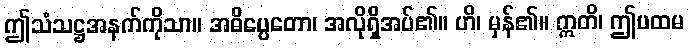
ဤသံသဋ္ဌအနက်ကိုသာ။ အဓိပ္ပေတော၊ အလိုရှိအပ်၏။ ဟိ၊ မှန်၏။ ဣတိ၊ ဤပထမ